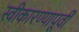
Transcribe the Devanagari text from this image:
स्वीकारण्यापूर्वी